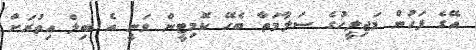
އޭގެ ފަހުން މަޖިލީހުގެ ސަލާމަތާ ބެހޭ ކޮމިޓީން ވަނީ އެ ބިލް އިތުރަށް